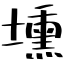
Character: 壎